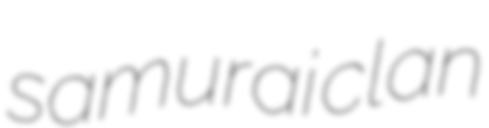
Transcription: samurai clan